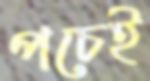
পচেই